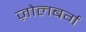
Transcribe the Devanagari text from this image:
ज़ोलबर्ग